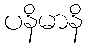
ပနိမာနိ